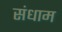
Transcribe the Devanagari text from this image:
संधाम